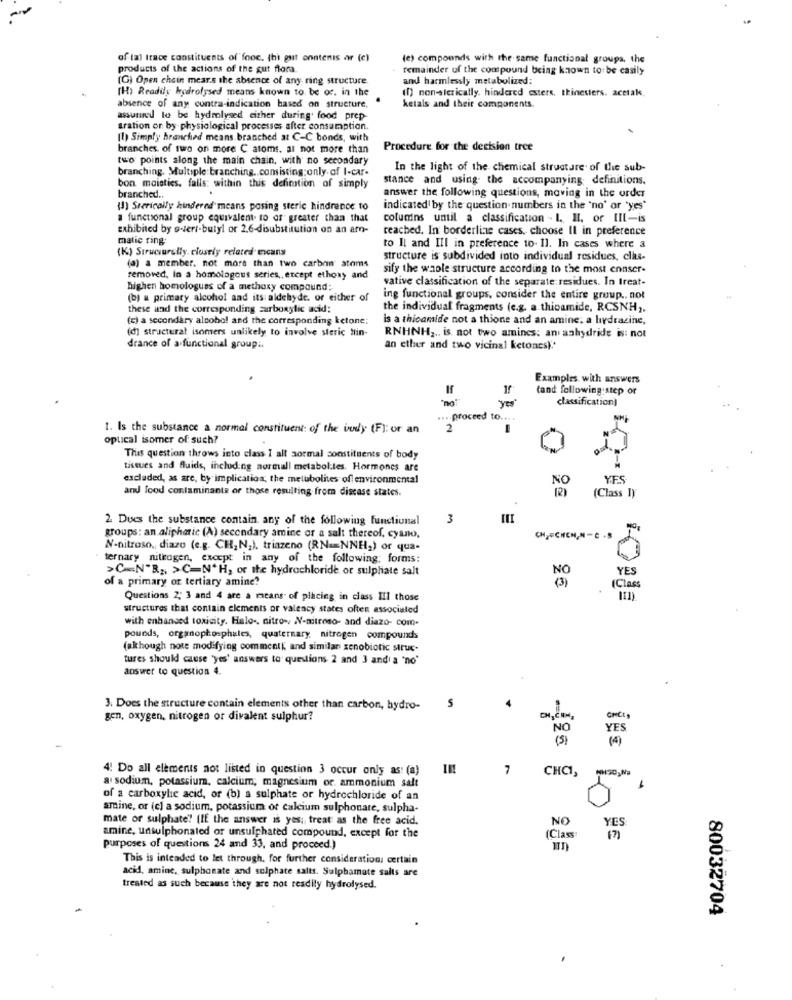
of tal Itace constituents of fooc, thi put onntenis ar (c)
(e) compounds with the same functional groups, the
products of the actions of the gut flora.
remainder of the compound being known to be casily
(G) Open chain mears the absence of any ring structure.
and harmlessly metabolized:
[H) Readily hydrolysed means known to be oc. in the
(f) non-sterically. hindered esters, thinesiers. acetak
absence of any contra-indication based on structure,
ketals and their components.
assured to be hydrolysed either during' food prep-
tration or by physiological processes after consumption.
(1) Simply branched means branched at C-C bonds, with
branches of two on more C atoms. at not more than
Procedure for the decision tree
two points along the main chain, with no secondary
branching. Multiple branching .. comisting;only.of I-car.
In the light of the chemical structure of the sub-
stance and using the accompanying definitions.
bon maistics. falls: within this defimtion of simply
branched ..
answer the following questions, moving in the order
(!) Srerically hindered means posing steric hindrence to
indicated by the question numbers in the 'no' or 'yes'
a functional group equivalent. ro of" greater than that
columns until a classification - L. Il, or III-is
Exhibited by overt-butyl or 2.6-disubstitution on an amo-
reached. In borderline cases. choose Il in preference
matic ring.
(K) Structurally closely related mcans
to Il and III in preference to- Il. In cases where a
(a) a member. not more than two carbon atoms
structure is subdivided into individual residues, clhs-
sify the whole structure according to the most conser-
removed, In a homologous series ,, except ethoxy and
vative classification of the separate: residues. In Ireat-
highen homologues of a methoxy compound;
(b) u primary alcohol and its aldehyde, or either of
ing functional groups, consider the entire group .. not
these and the corresponding carboxylic acid;
the individual fragments (e.g. a thioamide, RCSNH ,.
(c) a secondary alcohol and the corresponding ketone:
is a thicamide not a thione and an amine; a hydrazine,
(d) structural isomers unlikely to involve steric tin-
RNHNH ... is not two amincs: an anhydride is: not
drance of a functional group.
an ether and two vicinal ketones)''
Examples with answers
(and following step or
"noi
"yes"
classification)
... proceed to ... .
1. Is the substance a normal constituent of the body (F): or an
2
optical isomer of such?
This question throws into class I all aormal constituents of body
tissues and fluids, including normall metabol.tes. Hormones are
excluded, as are, by implication; the metubolites of environmental
NO
YES
and food contaminants or those resulting from discase states.
12 1
(Class I)
2. Dues the substance contain any of the following functional
3
groups: an aliphatic (A) secondary amine or a salt thereof, cyano,
CHJECHEN,N-C .S
N-nitroso, diazo (e.g. CH,N;), triazeno (RN == NNH2) or qua-
ternary nitrogen, except in any of the following; forms:
>C=N"R ;, >C=NºH, or the hydrochloride. or sulphate salt
YES
of a primary or tertiary amine?
(Class
Questions 2; 3 and 4 are a means of placing in class Il those
structures that contain elements or valency states often associated
with enhanced toxicity. Halo -, nitro- N-nitroso- and diazo- com-
pounds, organophosphales, quaternary. nitrogen compounds
(akhough note modifying commentk, and similar xenobiotic struc-
tures should cause 'yes' answers to questions 2 and 3 andi a 'no'
answer to question 4.
S
3. Does the structure contain elements other than carbon, hydro-
gen, oxygen, nitrogen or divalent sulphur?
NO
YES
( 3)
(4)
4! Do all elements not listed in question 3 occur only as: (a)
7
CHCI,
a sodium, potassium, calcium, magnesium or. ammonium salt
of a carboxylic acid, or (b) a sulphate or hydrochloride of an
amine, or (c) a sodium, potassium of calcium sulphonare, sulpha-
mate or sulphate? [IE the answer is yes; treat as the free acid.
NO
YES:
amine, unsulphonated or unsulphated compound, except for the
(Class:
(7)
purposes of questions 24 and 33, and proceed.)
This is intended to let through, for further consideration; certain
acid, amine, sulphonate and sulphate salts. Sulpbamate salts are
treated as such because they are not readily hydrolysed.
80032704